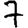
Digit: 7